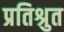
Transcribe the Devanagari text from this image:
प्रतिश्रुत